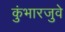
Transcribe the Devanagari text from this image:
कुंभारजुवे